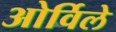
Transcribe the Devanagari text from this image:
ओर्विले